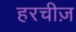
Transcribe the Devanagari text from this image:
हरचीज़